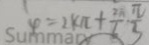
\varphi = 2 k \pi + \frac { 2 \pi } { 6 } \frac { \pi } { 3 }